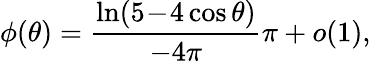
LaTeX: \phi(\theta)=\frac{\ln(5\! -\! 4\cos\theta)}{-4\pi}\pi+o(1),